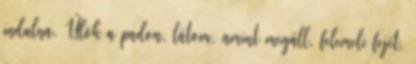
indulna. Ülök a padon, látom, amint megáll, felemeli fejét,